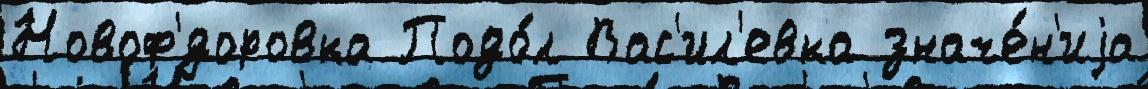
Новоф'́доровка Подо́л Вас'ил'евка значе́н'иjа